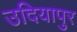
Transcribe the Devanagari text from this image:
उदियापुर